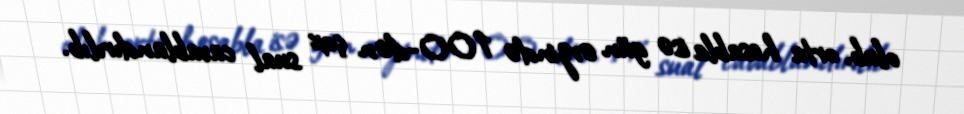
olub, orta hesabla isə gün ərzində 100-dən çox sual cavablandırılıb.